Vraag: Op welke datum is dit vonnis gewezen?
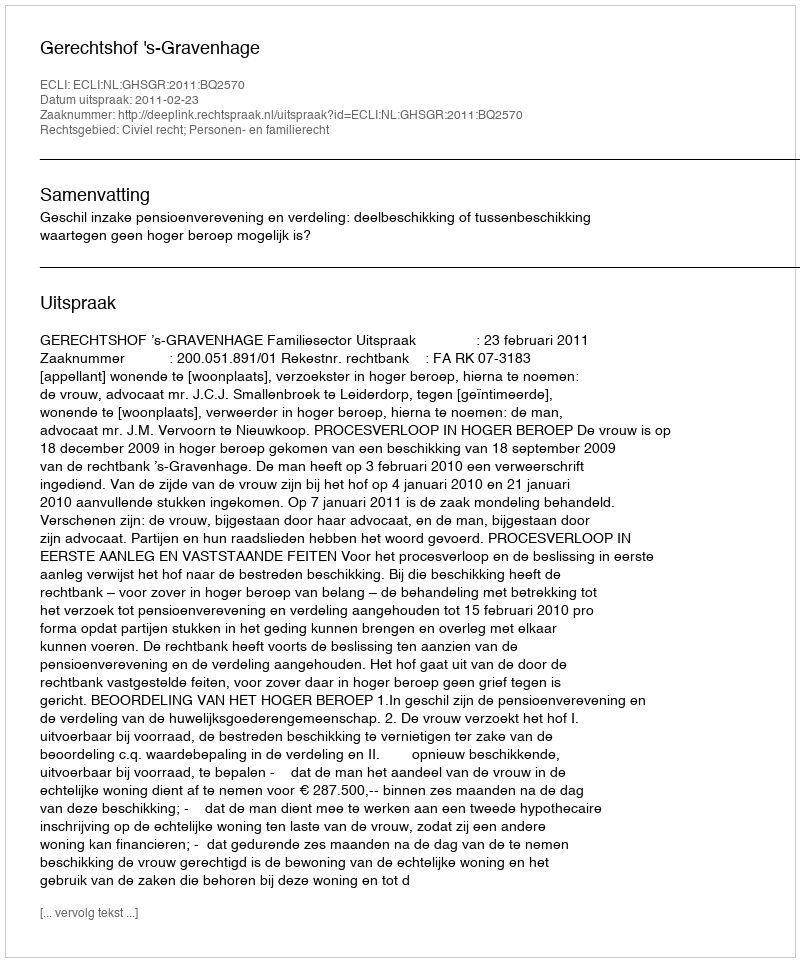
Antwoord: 2011-02-23